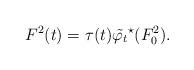
LaTeX: \begin{align*}F^2(t)=\tau(t) \tilde{\varphi_t}^\star(F_0^2).\end{align*}